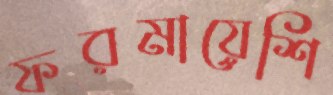
ফরমায়েশি